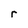
Character: r